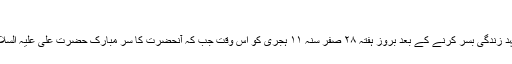
“
بالآخر اس سفیر حق کی روح مقدس تریسٹھ سالہ پر جدوجہد زندگی بسر کرنے کے بعد بروز ہفتہ ۲۸ صفر سنہ ۱۱ ہجری کو اس وقت جب کہ آنحضرت کا سر مبارک حضرت علی علیہ السلام کی آغوش میں تھا عالم ملکوت کی جانب پرواز کر گئی۔